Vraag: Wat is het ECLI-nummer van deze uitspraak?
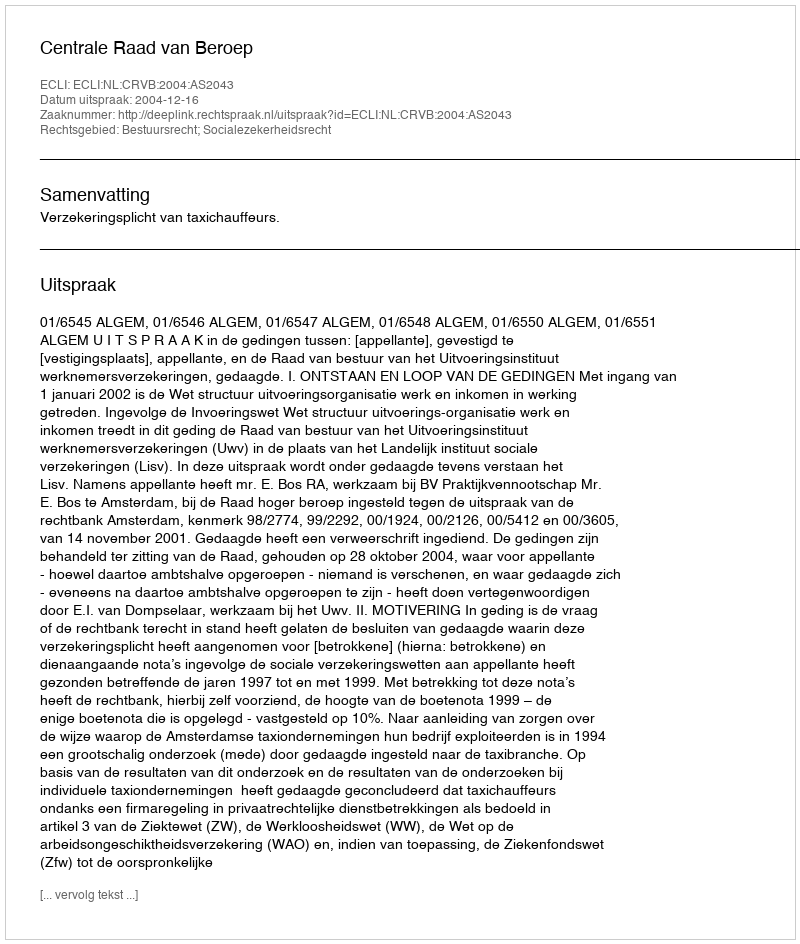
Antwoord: ECLI:NL:CRVB:2004:AS2043